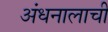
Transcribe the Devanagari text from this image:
अंधनालाची